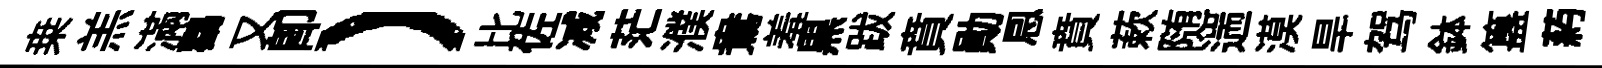
桒羔滿鸛又即）比佐减茫濮鴦羞黒跋賁勛㤙賁蔌随遄漠旱驾鉢簋葯